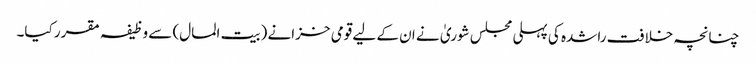
چنانچہ خلافت راشدہ کی پہلی مجلس شوریٰ نے ان کے لیے قومی خزانے (بیت المال) سے وظیفہ مقرر کیا۔